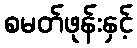
စမတ်ဖုန်းနှင့်